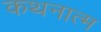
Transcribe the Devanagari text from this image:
कथनात्म